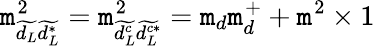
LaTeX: \mathtt{m}_{\widetilde{{d_{L}}}\widetilde{{d_{L}^{*}}}}^{2}=\mathtt{m}_{\widetilde{{d_{L}^{c}}}\widetilde{{d_{L}^{c*}}}}^{2}=\mathtt{m}_{d}\mathtt{m}_{d}^{+}+\mathtt{m}^{2}\times1